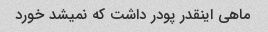
ماهی اینقدر پودر داشت که نمیشد خورد